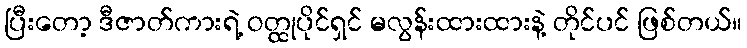
ပြီးတော့ ဒီဇာတ်ကားရဲ့ ဝတ္ထုပိုင်ရှင် မလွန်းထားထားနဲ့ တိုင်ပင် ဖြစ်တယ်။